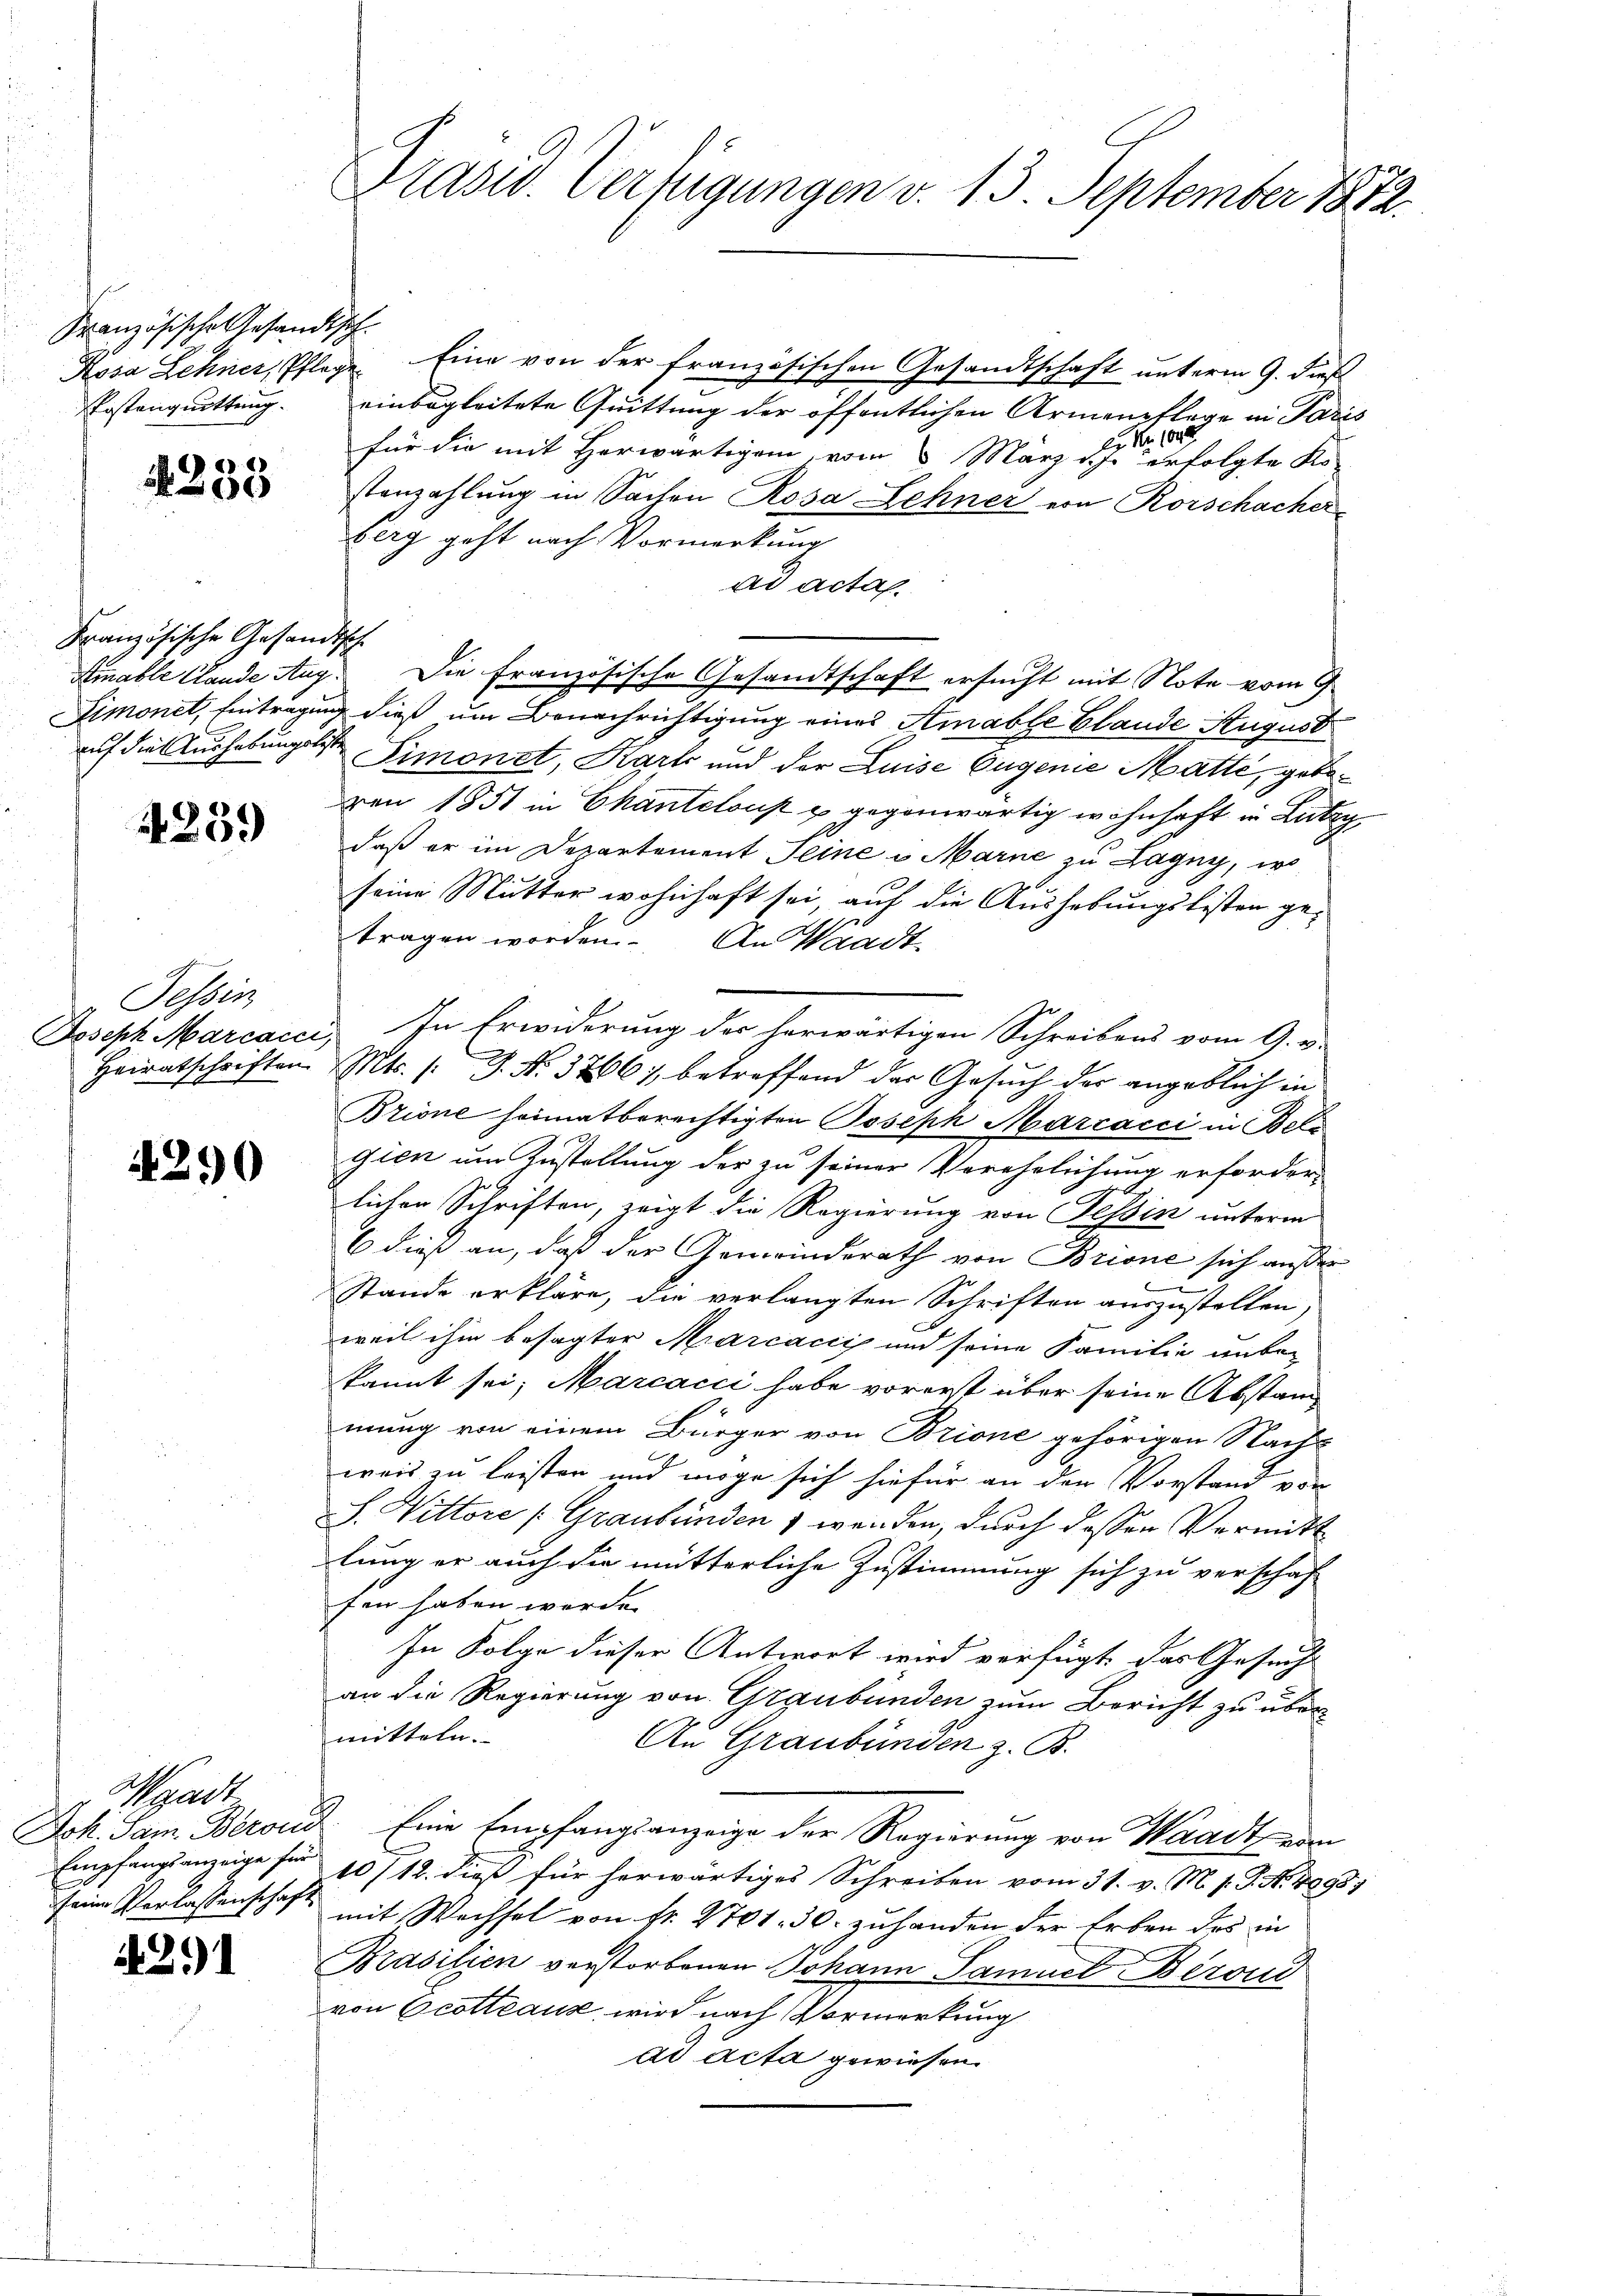
Französisches Gesandtsch
Postanquittung.

4233

Französische Gesandtsche
Amable Stande Aug.

4259

Tessin

4290

Waadt

2.)

Kosa Lehner, Pflege Eine von der französischen Gesandtschaft unterm 9. dieß
einbegleitete Quittung der öffentlichen Armenpflege in Paris
Nr. 104.
E
für die mit Herwärtigen, vom 5. März ds. erfolgte Ko-
stanzahlung in Sachen Rosa Zehner von Rorschacher
Berg geht nach Vormerkung
ad acta.
Die Französische Gesandtschaft ersucht mit Note vom 9
Dimonet, Eintragung dieß um Benachrichtigung eines Amable Glande August
auf die Aushebungslist Simonet, Karto und der Luise Eugenie Matte, gebovon 1851 in Chantelous u. gegenwärtig wohnhaft in Lutry
daß er im Departement Seine u Marne zu Lagny, wo
seine Mutter wohnhaft sei, auf die Aushebungslisten getragen worden. An Waadt,
Joseph Marcacci, In Erwiderung der herwärtigen Schreibens vom 9. v.
Heiratschriften. Mts. /: J. N. 3266), betreffend der Gesuch der angeblich in
Bzione heimatberechtigten Joseph Marcacci in Bele
gien um Zustellung der zu seiner Verehelichung erforder-
lichen Schriften, zeigt die Regierung von Tessin unterm
6 dieß an, daß der Gemeinderath von Brione sich außer
Stande erkläre, die verlangten Schriften auszustellen,
weil ihm besagter Marcacci und seine Familie unbe-
kannt sei; Marcacci habe vorerst über seine Abstand
mung von einem Bürger von Brione gehörigen Nachs
weis zu leisten und möge sich hiefür an der Vorstand von
S. Vittore /: Graubünden , wenden, durch dessen Vermitt
lung er auch die mütterliche Zustimmung sich zu verschaft
fen haben werde.
In Folge dieser Antwort wird verfügt, das Gesucht
an die Regierung von Graubünden zum Bericht zu übermitteln.
An Graubünden z. B.
Joh. Sam. Berold. Eine Empfangsanzeige der Regierung von Waadt vom
Empfangsanzeige für 10/12. dieß für herwärtiges Schreiben vom 31. v. M. s. S. Nr. 1098)
seine Verlassenschaft mit Wechsel von fr. 2701. 30. zuhanden der Erben des in
Brasilien verstorbenen Johann Samuel Berond
von Ecottcause, wird nach Vormerkung
ad acta gewiesen.

Prasw. Verfügungen v. 13. September 1872.